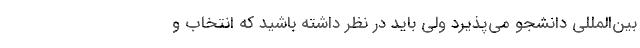
بین‌المللی دانشجو می‌پذیرد ولی باید در نظر داشته باشید که انتخاب و